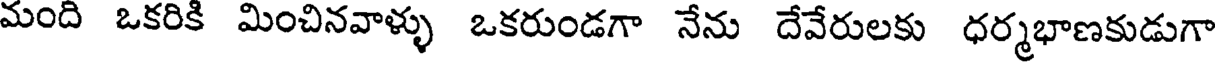
మంది ఒకరికి మించినవాళ్ళు ఒకరుండగా నేను దేవేరులకు ధర్మభాణకుడుగా